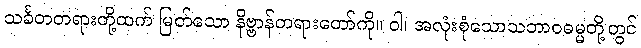
သင်္ခတတရားတို့ထက် မြတ်သော နိဗ္ဗာန်တရားတော်ကို။ ဝါ၊ အလုံးစုံသောသဘာဝဓမ္မတို့တွင်